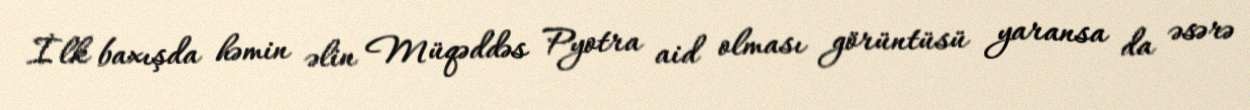
İlk baxışda həmin əlin Müqəddəs Pyotra aid olması görüntüsü yaransa da əsərə